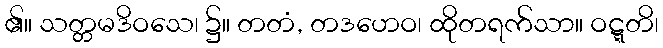
၏။ သတ္တမဒိဝသေ၊ ၌။ တတံ, တဒဟေဝ၊ ထိုတရက်သာ။ ဝဋ္ဋတိ၊